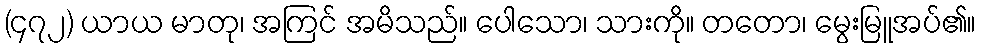
(၄၇၂) ယာယ မာတု၊ အကြင် အမိသည်။ ပေါသော၊ သားကို။ တတော၊ မွေးမြူအပ်၏။